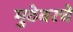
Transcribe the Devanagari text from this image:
मुठेवरचे